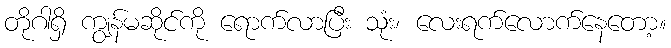
တိုဂါရှိ ကျွန်မဆိုင်ကို ရောက်လာပြီး သုံး၊ လေးရက်လောက်နေတော့။